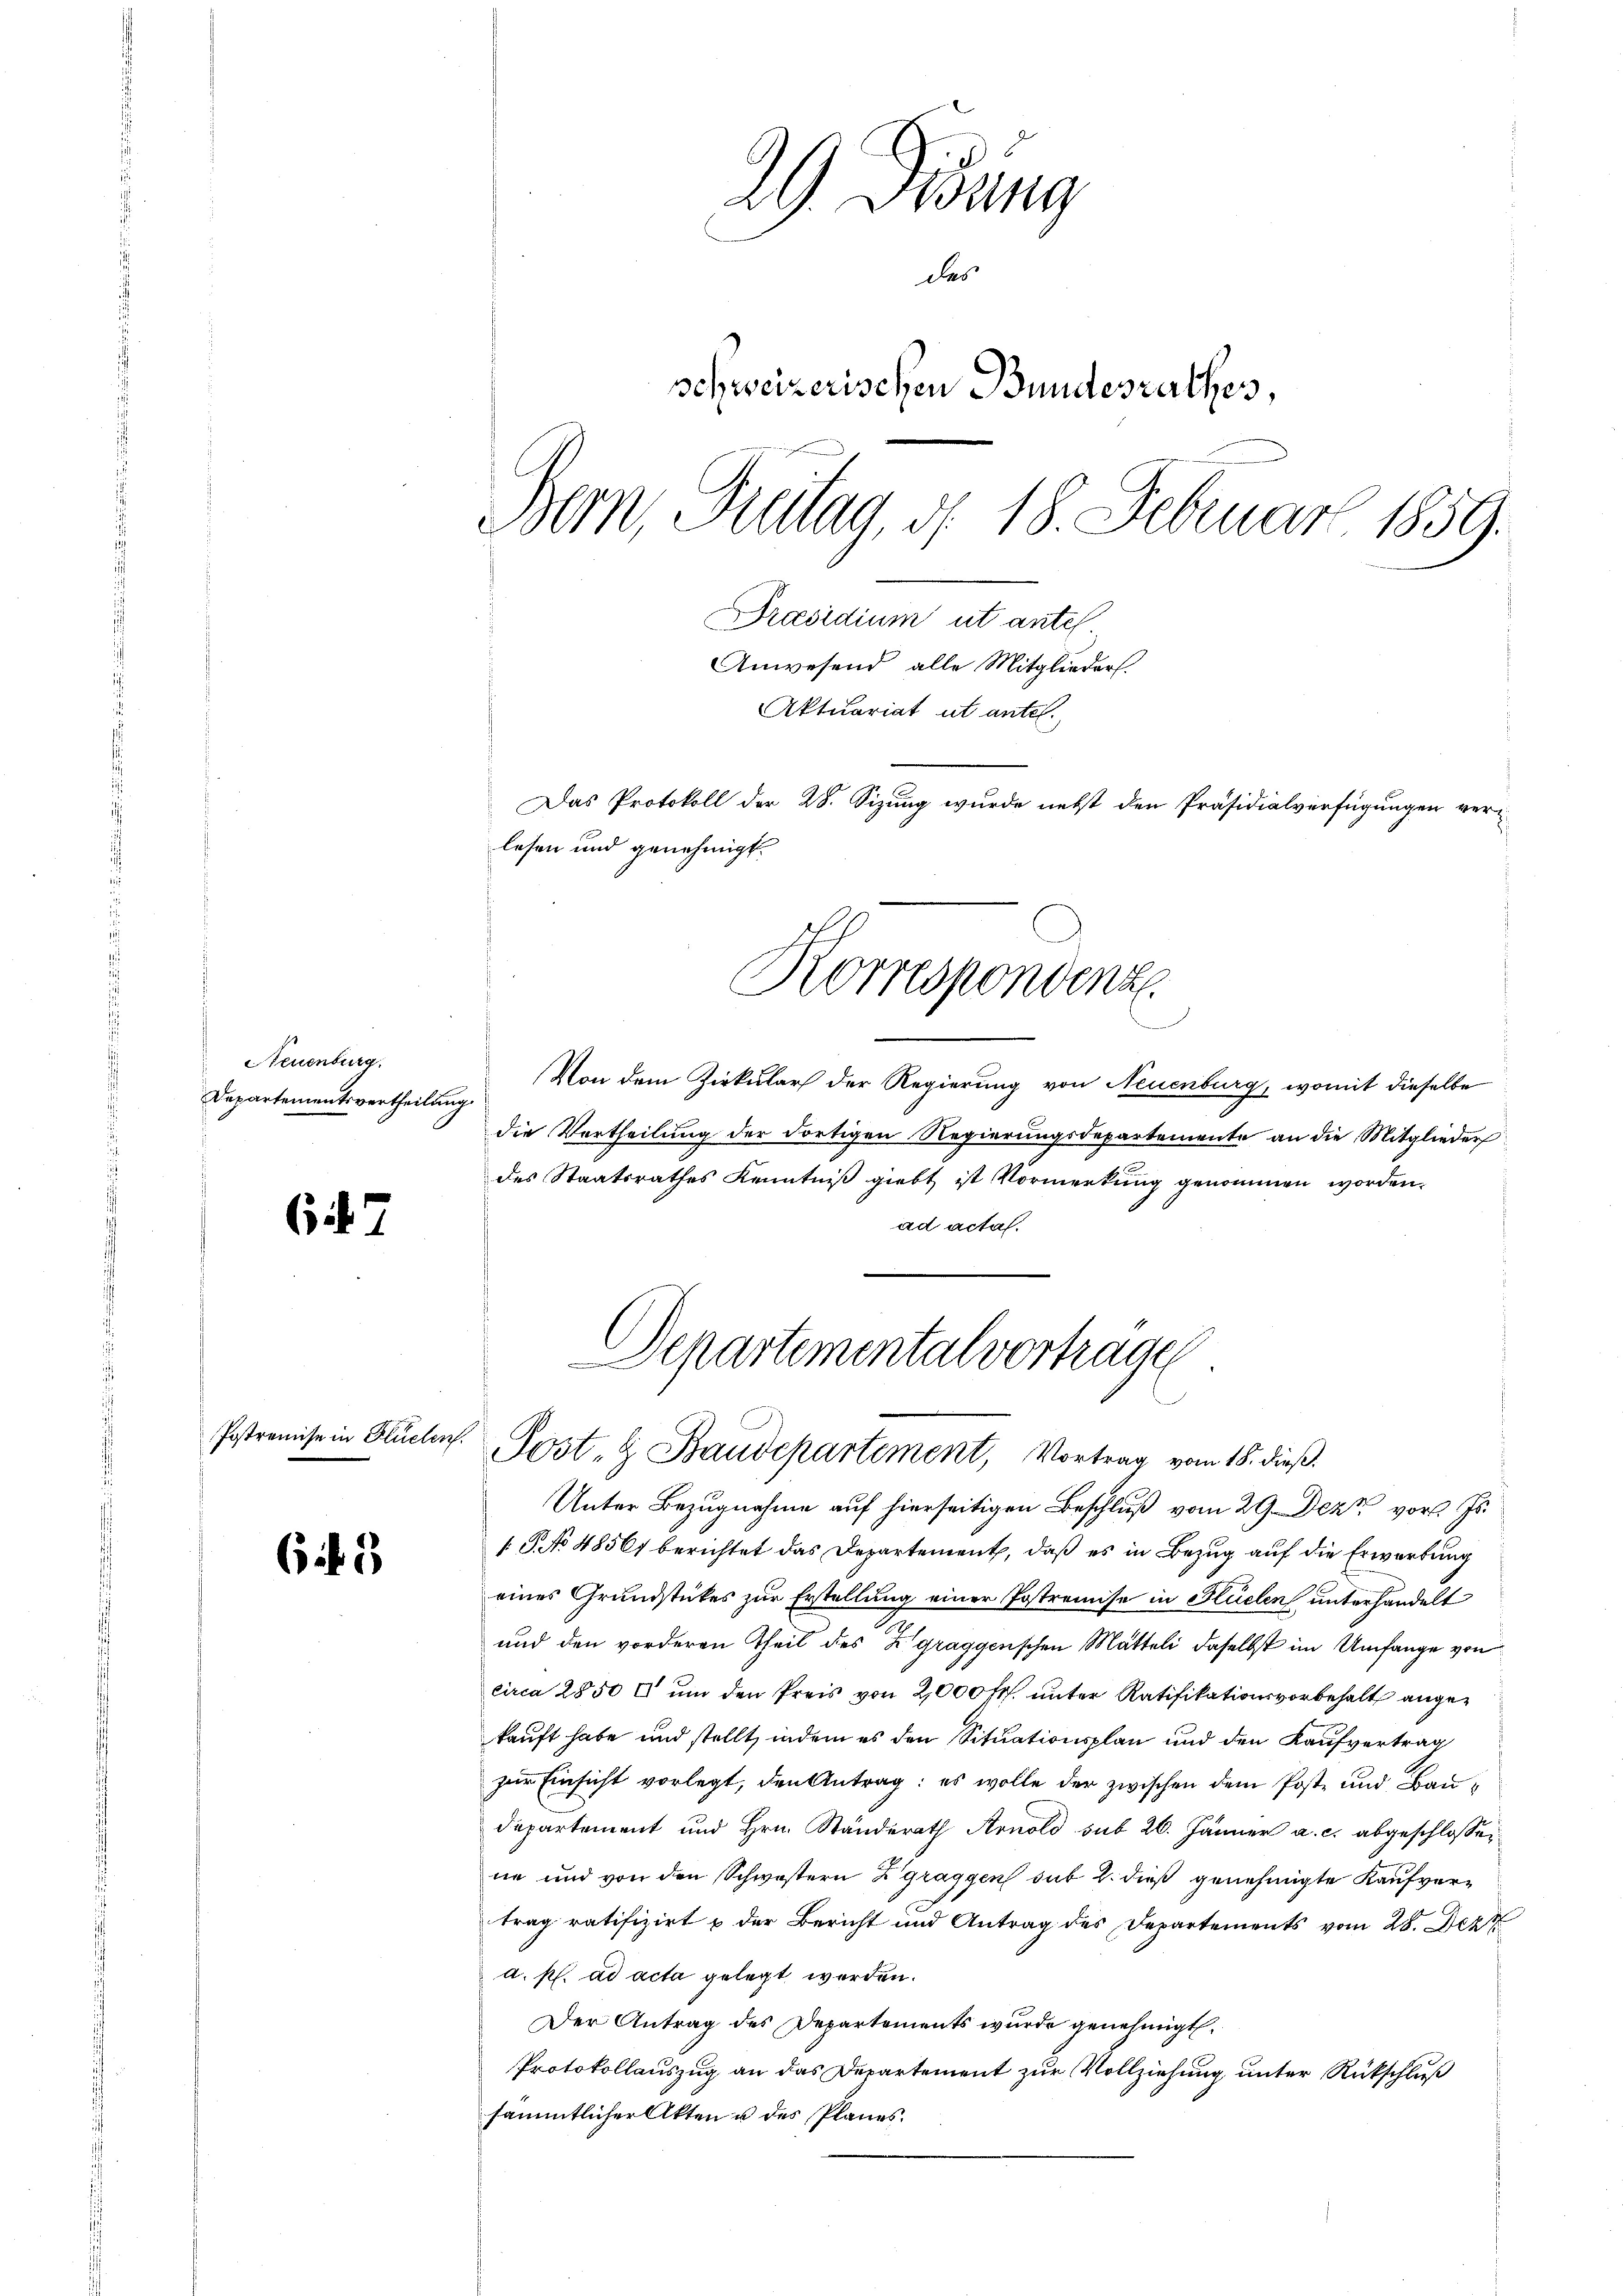
Neuenburg.
Departementsvertheilung.

67

Postremise in Flüele

if. 33

29. Jung
des
schweizerischen Bundesrathes
Bern, Breitag, d. 18. Februar 1859.
Präsidium ut antel
Anwesend alle Mitglieders.
Aktuariat ut antel.
Das Protokoll der 28. Sizung wurde nebst den Präsidialverfügungen verlesen und genehmigt.
Korrespondenz
.

Von dem Zirkulars der Regierung von Neuenburg, womit dieselbe
die Vortheilung der dortigen Regierungsdepartemente an die Mitglieder
des Staatsrathes Kenntniß giebt ist Vormerkung genommen worden.
ad actal.

Departemental vortrage
v. Post- & Baudepartement, Vortrag vom 18. dieß.

Unter Bezugnahme auf hierseitigen Beschluß vom 29. Dez. vor. Js.
[S No 4856) berichtet das Departement, daß es in Bezug auf die Erwartung
eines Grundstückes zur Erstellung einer Postremise in Hüelen unterhandelt
und den vorderen Theil des Zgraggenschen Matteli daselbst im Umfange von
circa 2850 l um den Preis von 2,000 Fr. unter Ratifikationsvorbehalt angekauft habe und stellt, indem es den Situationsplan und den Kaufvertrag
zur Einsicht vorlegt, den Antrag: es wolle der zwischen dem Post- und Baudepartement und Hrn. Standerath Arnold sub 26. Jänner a. c. abgeschlossene und von den Schwestern Zgraggen sub 2. dieß genehmigte Kaufvertrag ratifizirt & der Bericht und Antrag des Departements vom 28. Dez
a. p. ad acta gelegt werden.
Der Antrag des Departements wurde genehmigt.
Protokollauszug an das Departement zur Vollziehung unter Rückschluß
sämmtlicher Akten u des Planes.